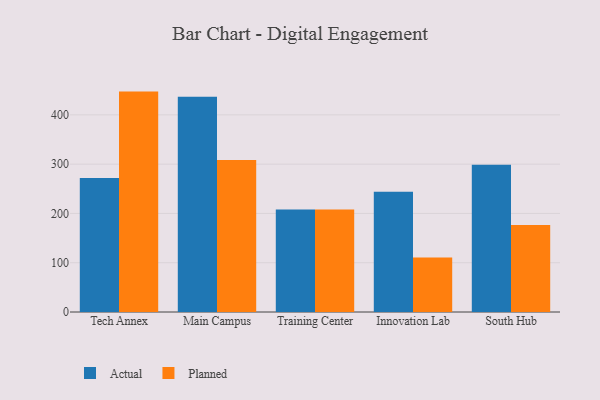
{"axis": {"x": "Campus", "y": "Gross Profit (USD K)"}, "legend": ["Actual", "Planned"], "data": [{"x": "Tech Annex", "y": 272.1, "type": "Actual"}, {"x": "Tech Annex", "y": 447.2, "type": "Planned"}, {"x": "Main Campus", "y": 436.7, "type": "Actual"}, {"x": "Main Campus", "y": 308.6, "type": "Planned"}, {"x": "Training Center", "y": 207.9, "type": "Actual"}, {"x": "Training Center", "y": 208.1, "type": "Planned"}, {"x": "Innovation Lab", "y": 244.2, "type": "Actual"}, {"x": "Innovation Lab", "y": 110.7, "type": "Planned"}, {"x": "South Hub", "y": 298.7, "type": "Actual"}, {"x": "South Hub", "y": 176.5, "type": "Planned"}]}